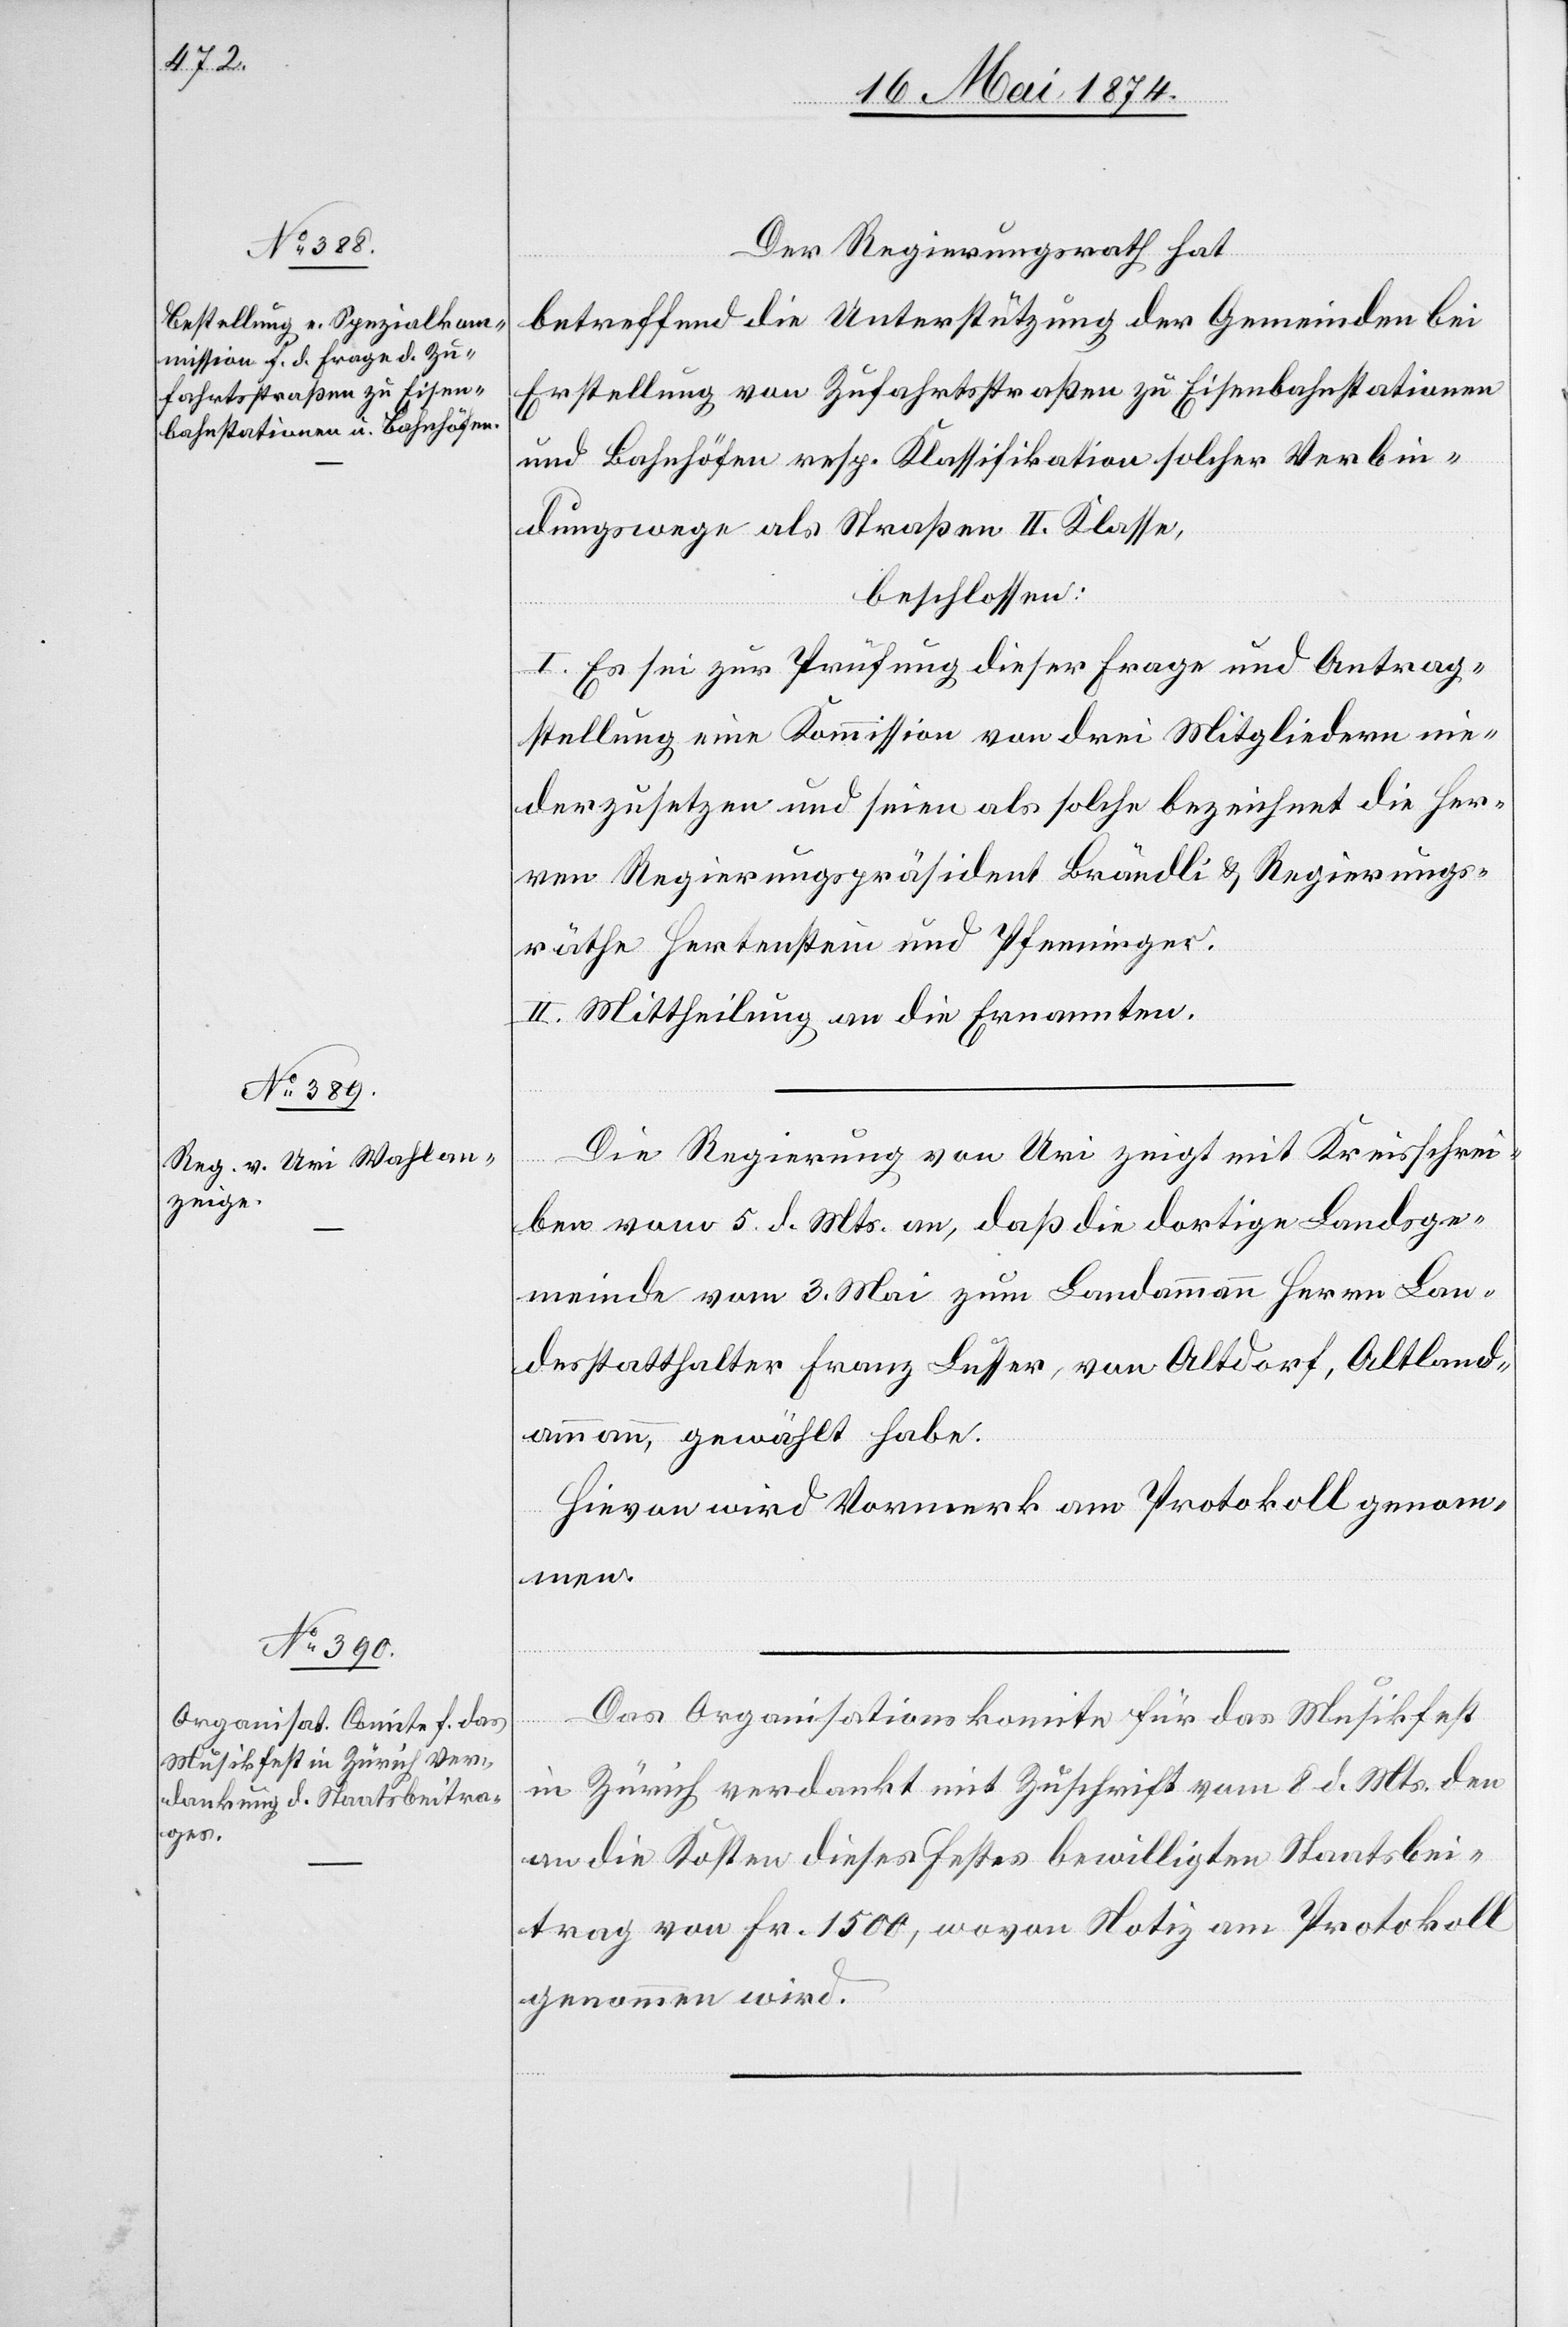
Der Regierungsrath hat
betreffend die Unterstützung der Gemeinden bei
Erstellung von Zufahrtsstraßen zu Eisenbahnstationen
und Bahnhöfen resp. Klassifikation solcher Verbin¬
dungswege als Straßen II. Klasse,
beschlossen:
I. Es sei zur Prüfung dieser Frage und Antrag¬
stellung eine Kommission von drei Mitgliedern nie¬
derzusetzen und seien als solche bezeichnet die Her¬
ren Regierungspräsident Brändli u. Regierungs¬
räthe Hertenstein und Pfenninger.
II. Mittheilung an die Ernannten.
Die Regierung von Uri zeigt mit Kreisschrei¬
ben vom 5. d. Mts. an, daß die dortige Landsge¬
meinde vom 3. Mai zum Landammann Herrn Lan¬
desstatthalter Franz Lusser, von Altdorf, Altland¬
ammann, gewählt habe.
Hievon wird Vormerk am Protokoll genom¬
men.
Das Organisationskomite für das Musikfest
in Zürich verdankt mit Zuschrift vom 8. d. Mts. den
an die Kosten dieses Festes bewilligten Staatsbei¬
trag von Fr. 1500, wovon Notiz am Protokoll
genommen wird.